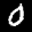
Label: 0